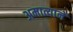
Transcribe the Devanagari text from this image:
अमात्यानें